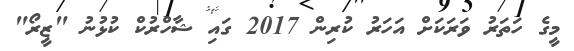
މީގެ ހަތަރު ވަރަކަށް އަހަރު ކުރިން 2017 ގައި ޝާހްރުކް ކުޅުނު "ޒީރޯ"